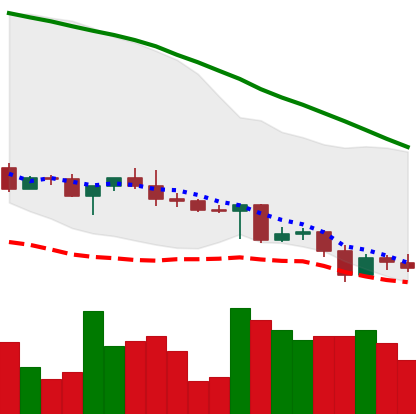
Ticker: ADA-USD
Chart end date: 2022-05-03
Forward return: -4.095%
Label: down_3_5